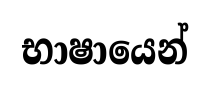
භාෂායෙන්